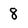
Character: 8